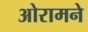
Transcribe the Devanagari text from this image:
ओरामने